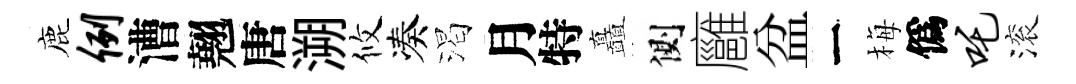
鹿例漕翹唐溯攸凑渴月特矗側廱盆一梅僞吒滚